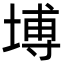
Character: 㙛